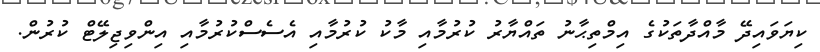
ކިޔަވައިދޭ މާއްދާތަކުގެ އިމްތިޙާނު ތައްޔާރު ކުރުމާއި މާކު ކުރުމާއި އެސެސްކުރުމާއި އިންވިޖިލޭޓް ކުރުން.